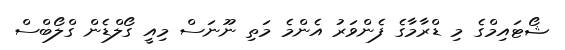
ޝޯޓައިމްގެ މި ޑްރާމާގެ ފެންވަރު އެންމެ މަތި ނޫނަސް މިއީ ގޯލްޑެން ގްލޯބްސް